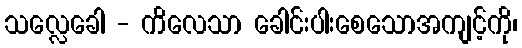
သလ္လေခေါ - ကိလေသာ ခေါင်းပါးစေသောအကျင့်ကို၊